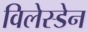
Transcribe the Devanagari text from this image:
विलेस्डेन